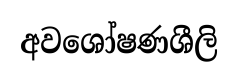
අවශෝෂණශීලි